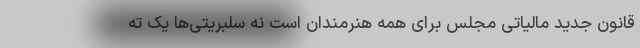
قانون جدید مالیاتی مجلس برای همه هنرمندان است نه سلبریتی‌ها یک ته